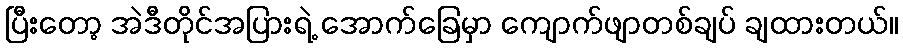
ပြီးတော့ အဲဒီတိုင်အပြားရဲ့ အောက်ခြေမှာ ကျောက်ဖျာတစ်ချပ် ချထားတယ်။